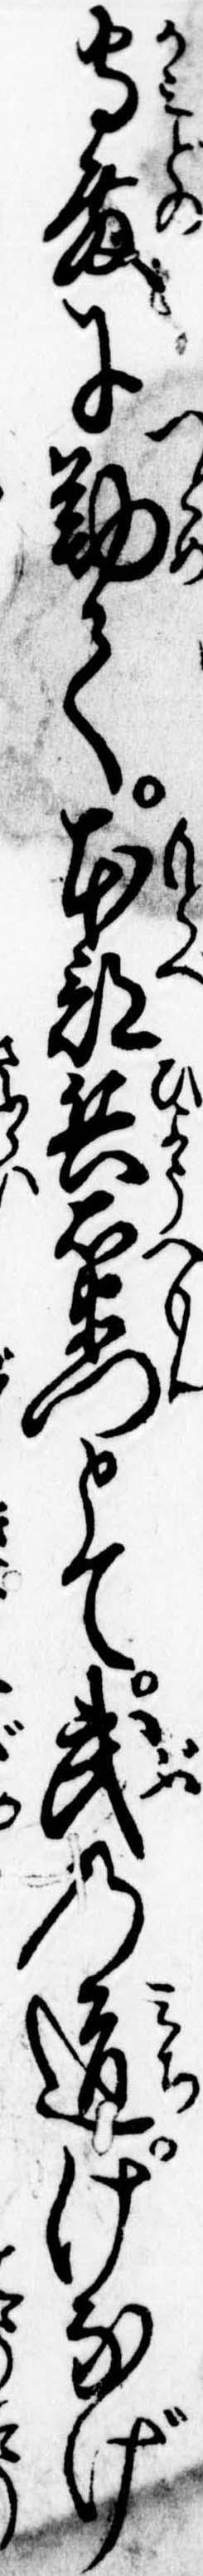
守殿に勤て本部兵右衛門とて武の道けなげ